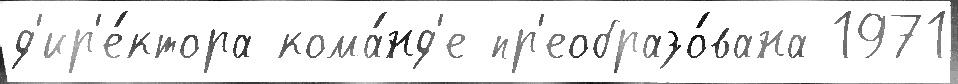
д'ир'е́ктора кома́нд'е пр'еобразо́вана 1971